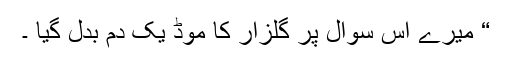
“ میرے اس سوال پر گلزار کا موڈ یک دم بدل گیا ۔